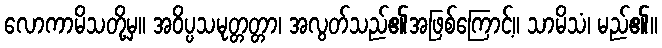
လောကာမိသတို့မှ။ အဝိပ္ပသမုတ္တတ္တာ၊ အလွတ်သည်၏အဖြစ်ကြောင့်။ သာမိသံ၊ မည်၏။